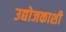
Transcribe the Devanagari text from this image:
उद्योजकाशी